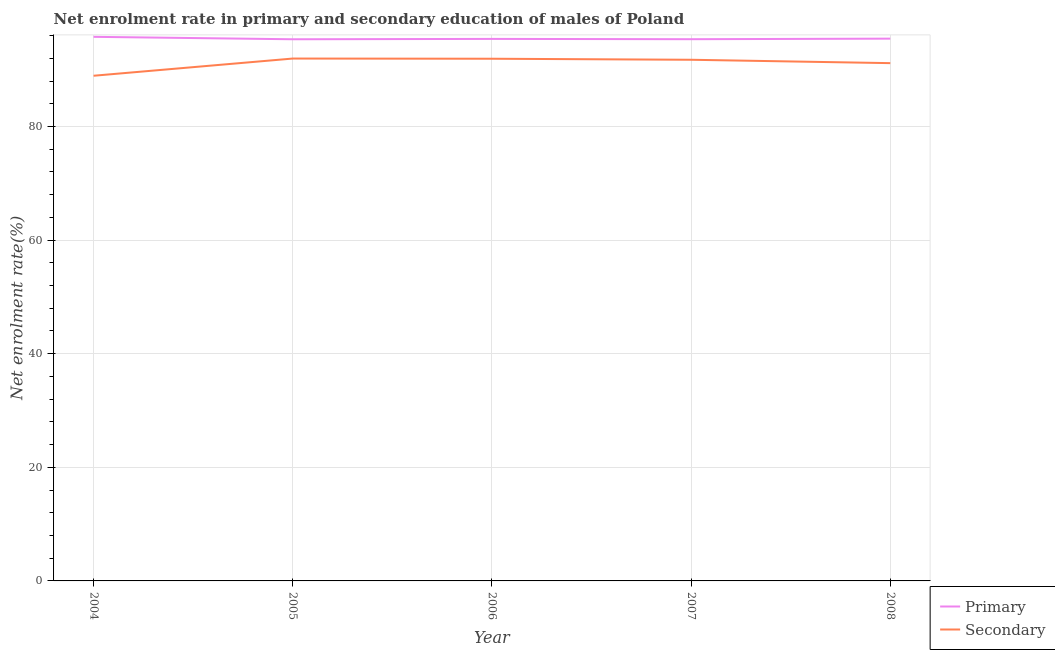
| Year | Primary | Secondary |
 | --- | --- | --- |
 | 2004 | 95.8 | 88.9 |
 | 2005 | 95.4 | 92 |
 | 2006 | 95.4 | 91.9 |
 | 2007 | 95.4 | 91.7 |
 | 2008 | 95.5 | 91.1 |